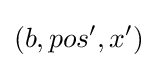
(b,pos',x')